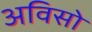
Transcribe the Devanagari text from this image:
अविसो